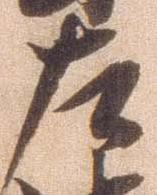
左